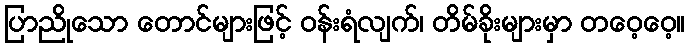
ပြာညိုသော တောင်များဖြင့် ဝန်းရံလျက်၊ တိမ်ခိုးများမှာ တဝေ့ဝေ့။